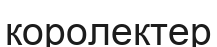
королектер